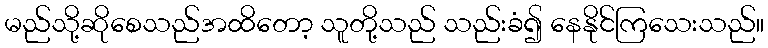
မည်သို့ဆိုစေသည်အထိတော့ သူတို့သည် သည်းခံ၍ နေနိုင်ကြသေးသည်။